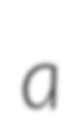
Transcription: a